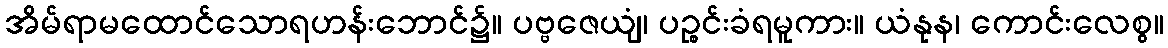
အိမ်ရာမထောင်သောရဟန်းဘောင်၌။ ပဗ္ဗဇေယျံ၊ ပဉ္စင်းခံရမူကား။ ယံနုန၊ ကောင်းလေစွ။